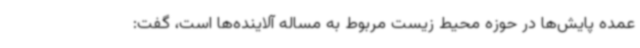
عمده پایش‌ها در حوزه محیط زیست مربوط به مساله آلاینده‌ها است، گفت: